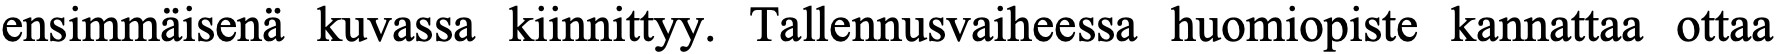
ensimmäisenä kuvassa kiinnittyy. Tallennusvaiheessa huomiopiste kannattaa ottaa